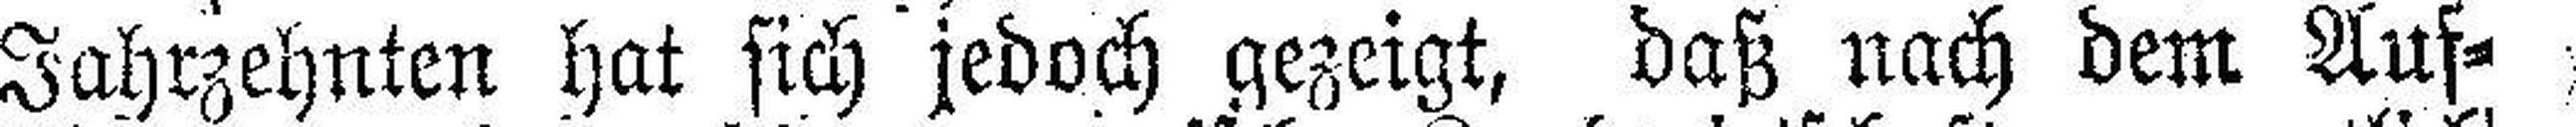
Jahrzehnten hat sich jedoch gezeigt, daß nach dem Auf¬